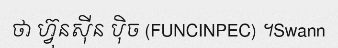
ថា ហ្វ៊ុនស៊ីន ប៉ិច (FUNCINPEC) ។Swann